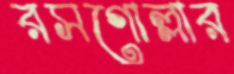
রসগোল্লার